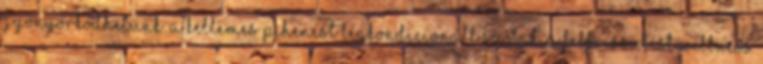
gyönyörködhetünk. A kellemes pihenést légkondicionált szobák, a felfrissülést wellness